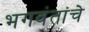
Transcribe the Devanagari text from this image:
भगवंतांचे